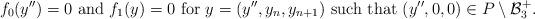
LaTeX: \begin{align*}f_0(y'')=0 \mbox{ and } f_1(y)=0 \mbox{ for } y=(y'',y_n, y_{n+1}) \mbox{ such that } (y'',0,0) \in P\setminus \mathcal{B}_3^+.\end{align*}